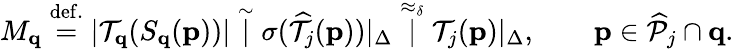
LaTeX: M_{\mathbf{q}}\stackrel{\mathrm{def.}}{=}|\mathcal{T}_{\mathbf{q}}(S_{\mathbf{q}}(\mathbf{p}))|\stackrel{\sim}|\sigma(\widehat{\mathcal{T}}_{j}(\mathbf{p}))|_{\Delta}\stackrel{\approx_{\delta}}|\mathcal{T}_{j}(\mathbf{p})|_{\Delta},\qquad\mathbf{p}\in\widehat{\mathcal{P}}_{j}\cap\mathbf{q}.